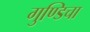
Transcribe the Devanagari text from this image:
गुण्डिचा